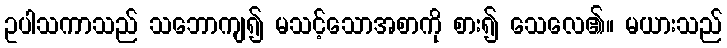
ဥပါသကာသည် သဘောကျ၍ မသင့်သောအစာကို စား၍ သေလေ၏။ မယားသည်